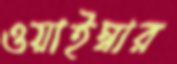
ওয়াইম্বার